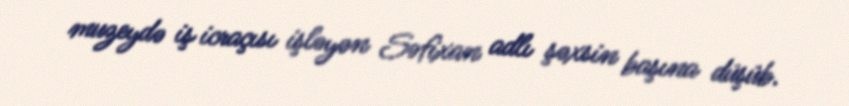
muzeydə iş icraçısı işləyən Səfixan adlı şəxsin başına düşüb.